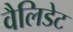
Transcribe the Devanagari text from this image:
वैलिडेट